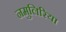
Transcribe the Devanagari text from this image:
नमुलिरिया